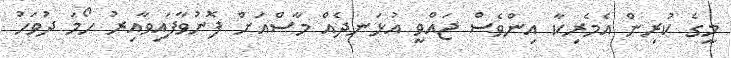
މީގެ ކުރިން އެމެރިކާ އިންވެސް ޖައްވީ އުޅަނދެއް މާސްއަށް ފޮނުވާފައިވާއިރު ހޯމަ ދުވަހު